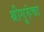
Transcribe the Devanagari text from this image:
श्रीगुरुंचा